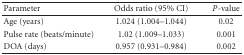
| Parameter | Odds ratio (95% CI) | P-value |
 | --- | --- | --- |
 | Age (years) | 1.024 (1.004–1.044) | 0.02 |
 | Pulse rate (beats/minute) | 1.02 (1.009–1.033) | 0.001 |
 | DOA (days) | 0.957 (0.931–0.984) | 0.002 |